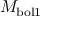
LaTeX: M _ { \mathrm { b o l 1 } }